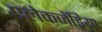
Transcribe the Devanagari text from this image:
एलेकजेंड्रिया